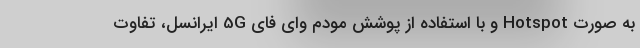
به صورت Hotspot و با استفاده از پوشش مودم وای فای 5G ایرانسل، تفاوت